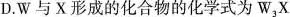
D.W与X形成的化合物的化学式为W_{3}X